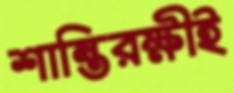
শান্তিরক্ষীই